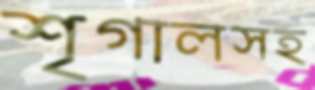
শৃগালসহ